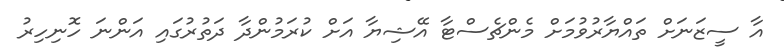
އާ ސީޒަނަށް ތައްޔާރުވުމަށް މެންޗެސްޓާ އޭޝިޔާ އަށް ކުރަމުންދާ ދަތުރުގައި އަންނަ ހޮނިހިރު